Scottish Leaving Certificate Examination, 1961
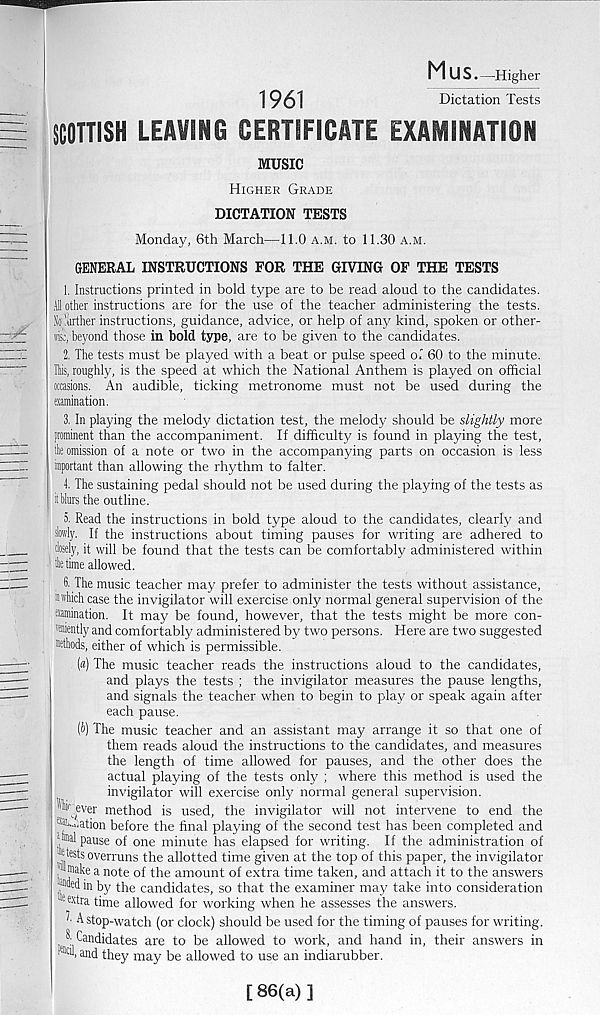
M U S. —Higher
1961
Dictation Tests
SCOTTISH LEAVING CERTIFICATE EXAMINATION
MUSIC
Higher Grade
DICTATION TESTS
Monday, 6th March—11.0 a.m. to 11.30 a.m.
GENERAL INSTRUCTIONS FOR THE GIVING OF THE TESTS
1. Instructions printed in bold type are to be read aloud to the candidates.
All other instructions are for the use of the teacher administering the tests.
So brther instructions, guidance, advice, or help of any kind, spoken or other-
wk, beyond those in bold type, are to be given to the candidates.
2. The tests must be played with a beat or pulse speed of 60 to the minute.
Ibis, roughly, is the speed at which the National Anthem is played on official
occasions. An audible, ticking metronome must not be used during the
examination.
3. In playing the melody dictation test, the melody should be slightly more
prominent than the accompaniment. If difficulty is found in playing the test,
tire omission of a note or two in the accompanying parts on occasion is less
important than allowing the rhythm to falter.
4. The sustaining pedal should not be used during the playing of the tests as
it blurs the outline.
5. Read the instructions in bold type aloud to the candidates, clearly and
slowly. If the instructions about timing pauses for writing are adhered to
closely, it will be found that the tests can be comfortably administered within
fc time allowed.
6. The music teacher may prefer to administer the tests without assistance,
M'hich case the invigilator will exercise only normal general supervision of the
examination. It may be found, however, that the tests might be more con-
xcniently and comfortably administered by 7 two persons. Here are two suggested
methods, either of which is permissible.
(«) The music teacher reads the instructions aloud to the candidates,
and plays the tests ; the invigilator measures the pause lengths,
and signals the teacher when to begin to play or speak again after
each pause.
(i>) The music teacher and an assistant may arrange it so that one of
them reads aloud the instructions to the candidates, and measures
the length of time allowed for pauses, and the other does the
actual playing of the tests only ; where this method is used the
invigilator will exercise only normal general supervision.
"br ever method is used, the invigilator will not intervene to end the
^.cation before the final playing of the second test has been completed and
‘jtaal pause of one minute has elapsed for writing. If the administration of
‘ ■dests overruns the allotted time given at the top of this paper, the invigilator
’’“make a note of the amount of extra time taken, and attach it to the answers
■fflded in by the candidates, so that the examiner may take into consideration
® e!i tra time allowed for working when he assesses the answers.
^ A stop-watch (or clock) should be used for the timing of pauses for writing.
Candidates are to be allowed to work, and hand in, their answers in
ai xd they may be allowed to use an indiarubber.
[86(a)]